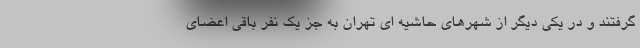
گرفتند و در یکی دیگر از شهرهای حاشیه ای تهران به جز یک نفر باقی اعضای